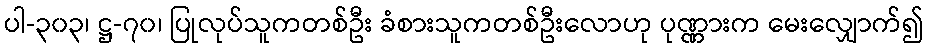
ပါ-၃၀၃၊ ဋ္ဌ-၇၀၊ ပြုလုပ်သူကတစ်ဦး ခံစားသူကတစ်ဦးလောဟု ပုဏ္ဏားက မေးလျှောက်၍